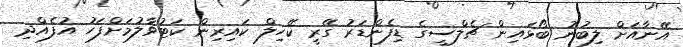
އޭނާއަށް ލިބުނު ބޯޅައިން ޗެލްސީގެ ޑިފެންޑަރު ގޭރީ ކޭހިލް ކައިރިން ކަޓުވާލުމަށްފަހު އުފެއްދި